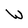
Character: W